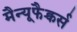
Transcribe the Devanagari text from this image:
मैन्यूफैक्चर्स